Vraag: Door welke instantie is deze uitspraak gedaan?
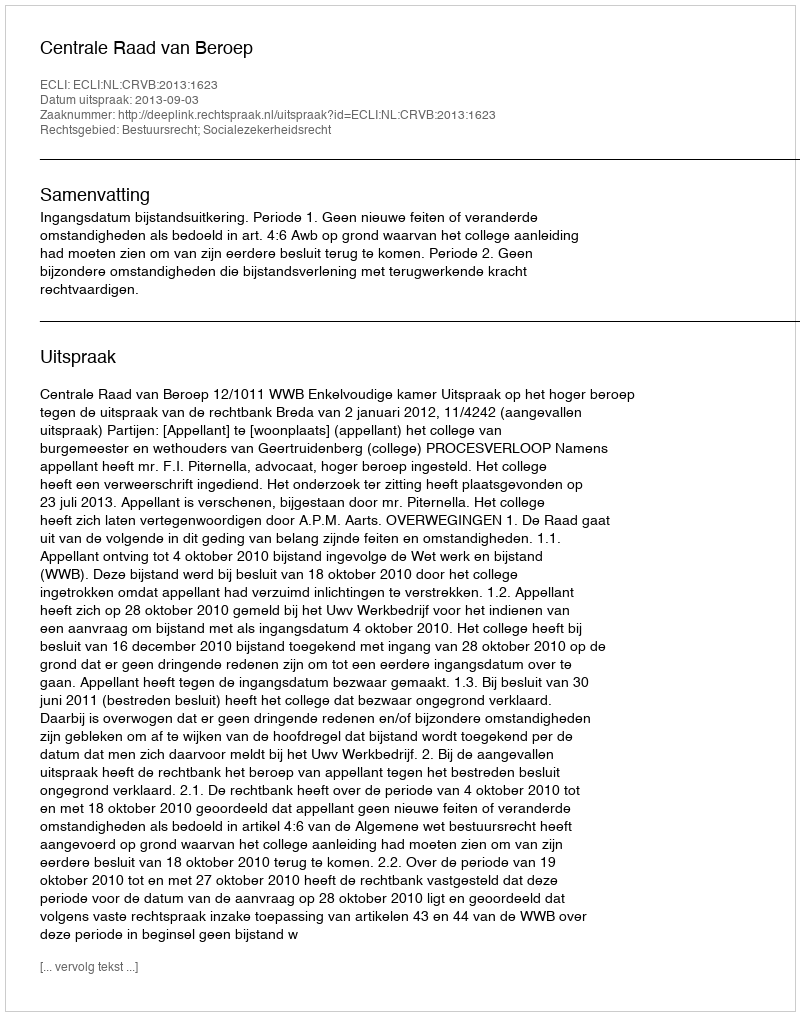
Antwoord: Centrale Raad van Beroep